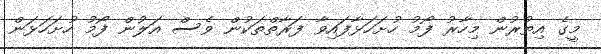
މީގެ އިތުރުން މިހާރު ފޯމު ހުށަހަޅާފައިވާ ފަރާތްތަކުން ވެސް އަލުން ފޯމު ހުށަހަޅަން